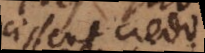
efficissent credo